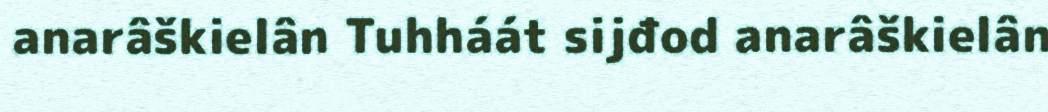
anarâškielân Tuhháát sijđod anarâškielân